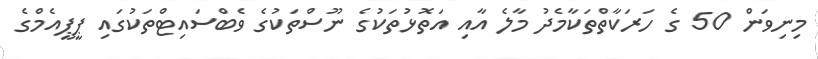
މިނިވަން 50 ގެ ހަރަކާތްތަކާމެދު މާލެ އާއި އަތޮޅުތަކުގެ ނޫސްތަކުގެ ވެބްސައިޓްތަކުގައި ޕީޕީއެމްގެ